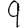
Digit: 9